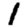
Digit: 1